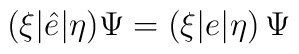
(\xi|\hat{e}|\eta) \Psi = (\xi|e|\eta)\,\Psi